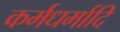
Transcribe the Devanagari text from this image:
कर्मधर्मादि